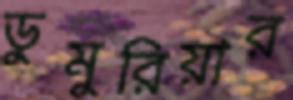
ডুমুরিয়ার